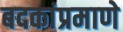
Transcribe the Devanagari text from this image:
बदकांप्रमाणे